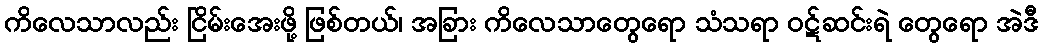
ကိလေသာလည်း ငြိမ်းအေးဖို့ ဖြစ်တယ်၊ အခြား ကိလေသာတွေရော သံသရာ ဝဋ်ဆင်းရဲ တွေရော အဲဒီ